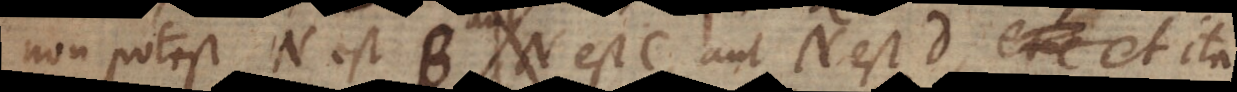
non potest N est N est C, aut N est D, et ita